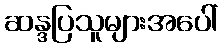
ဆန္ဒပြသူများအပေါ်